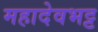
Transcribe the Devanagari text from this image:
महादेवभट्ट